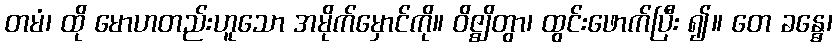
တမံ၊ ထို မောဟတည်းဟူသော အမိုက်မှောင်ကို။ ဝိဇ္ဈိတွာ၊ ထွင်းဖောက်ပြီး ၍။ တေ ခန္ဓေ၊